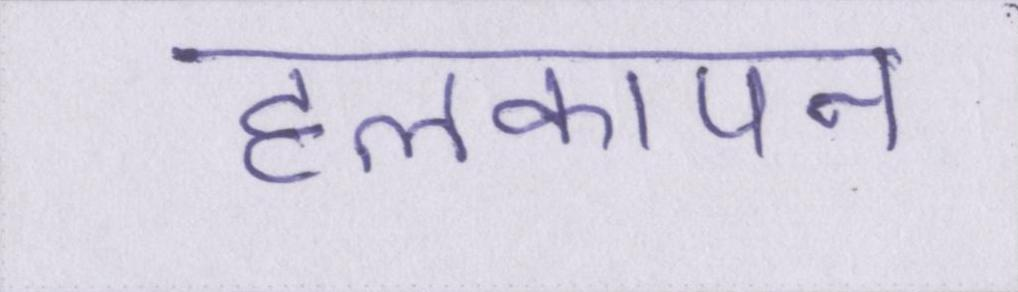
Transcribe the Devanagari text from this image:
हलकापन